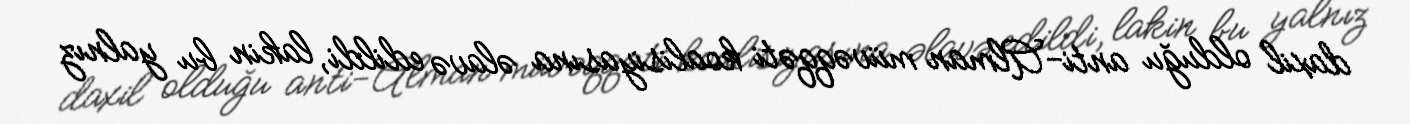
daxil olduğu anti-Alman müvəqqəti koalisiyasına əlavə edildi, lakin bu yalnız